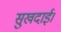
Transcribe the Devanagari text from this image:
सुखदाई।